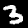
Label: 3